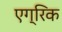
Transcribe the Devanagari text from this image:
एग्रिक